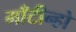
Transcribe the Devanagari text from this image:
माँटीन्हो